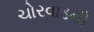
ચોરવાડની